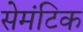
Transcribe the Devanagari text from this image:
सेमंटिक